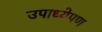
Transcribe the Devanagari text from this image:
उपाध्येपण